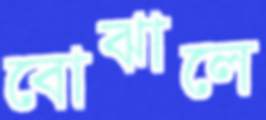
বোঝালে